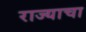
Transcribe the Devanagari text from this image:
राज्‍याचा